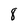
Character: 8